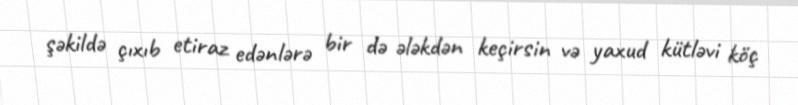
şəkildə çıxıb etiraz edənlərə bir də ələkdən keçirsin və yaxud kütləvi köç